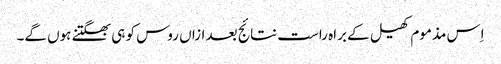
اِس مذموم کھیل کے براہ راست نتائج بعد ازاں روس کو ہی بھگتنے ہوں گے۔